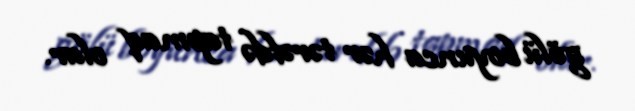
gölü boyunca hər tərəfdə tapmaq olar.